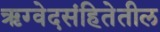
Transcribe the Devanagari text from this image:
ऋग्वेदसंहितेतील